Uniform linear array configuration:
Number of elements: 4
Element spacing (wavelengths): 1
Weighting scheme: blackman
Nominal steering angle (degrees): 0
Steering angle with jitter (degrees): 1.231
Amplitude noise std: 0.05
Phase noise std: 0.05

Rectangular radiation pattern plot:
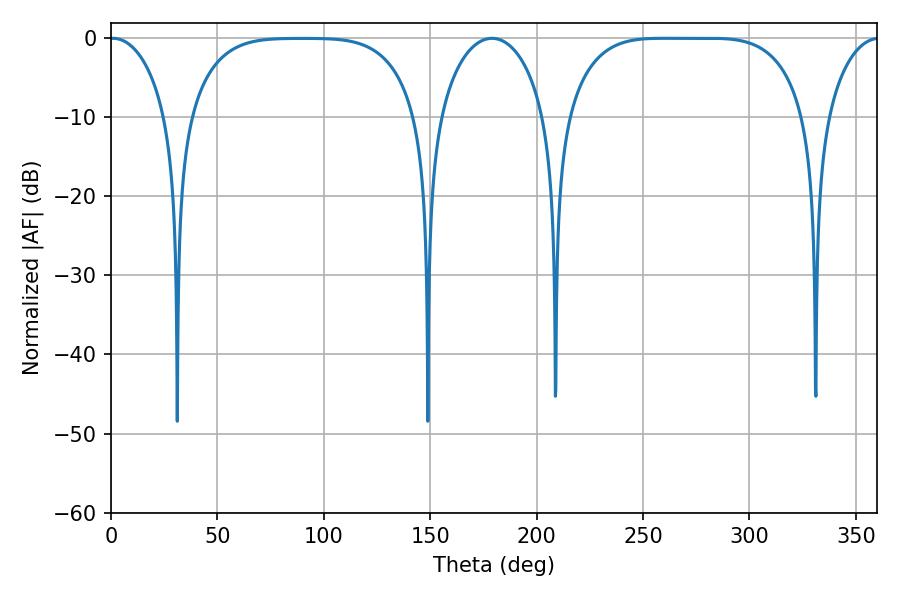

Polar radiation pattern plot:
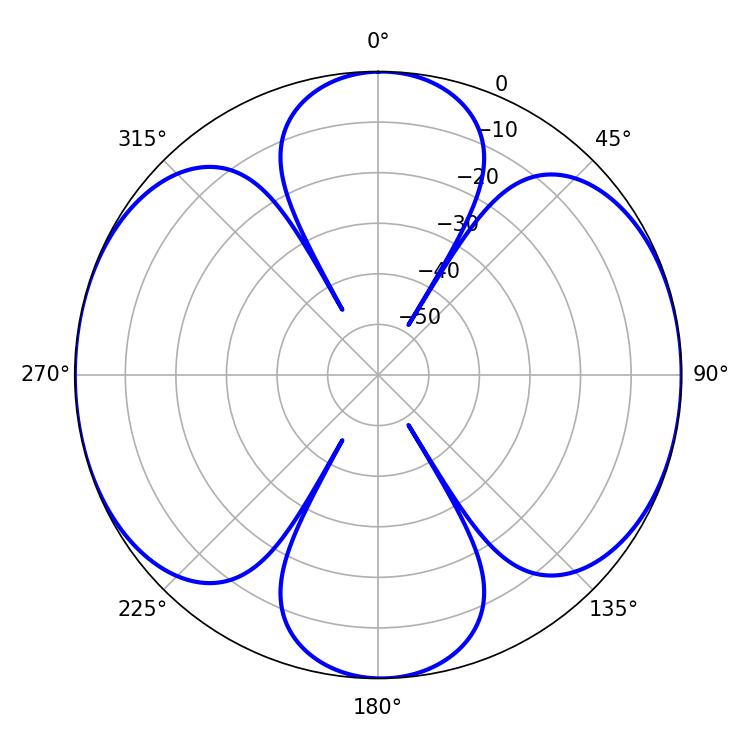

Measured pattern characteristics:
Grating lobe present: TRUE
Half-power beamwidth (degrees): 85.68
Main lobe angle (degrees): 259.38